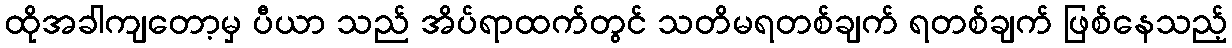
ထိုအခါကျတော့မှ ပီယာ သည် အိပ်ရာထက်တွင် သတိမရတစ်ချက် ရတစ်ချက် ဖြစ်နေသည့်